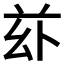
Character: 𠧦